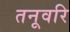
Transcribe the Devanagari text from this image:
तनूवरि